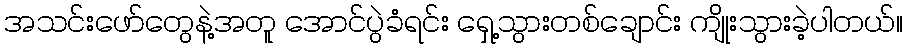
အသင်းဖော်တွေနဲ့အတူ အောင်ပွဲခံရင်း ရှေ့သွားတစ်ချောင်း ကျိုးသွားခဲ့ပါတယ်။